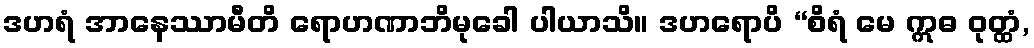
ဒဟရံ အာနေဿာမီတိ ရောဟဏာဘိမုခေါ ပါယာသိ။ ဒဟရောပိ “စိရံ မေ ဣဓ ဝုတ္ထံ,